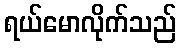
ရယ်မောလိုက်သည်